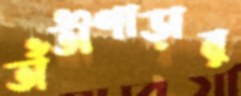
তাঁতীপাড়ার